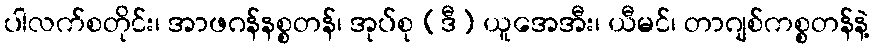
ပါလက်စတိုင်း၊ အာဖဂန်နစ္စတန်၊ အုပ်စု (ဒီ) ယူအေအီး၊ ယီမင်၊ တာဂျစ်ကစ္စတန်နဲ့